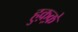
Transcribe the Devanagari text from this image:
हुक़्क़े